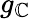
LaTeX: g_{\mathbb{C}}